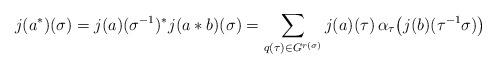
LaTeX: \begin{align*} j(a^{*})(\sigma)=j(a)(\sigma^{-1})^{*} j(a*b)(\sigma) = \sum_{q(\tau)\in G^{r(\sigma)}}j(a)(\tau) \, \alpha_{\tau}\bigl(j(b)(\tau^{-1}\sigma)\bigr) \end{align*}